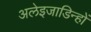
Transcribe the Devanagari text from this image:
अलेइजाडिन्हों